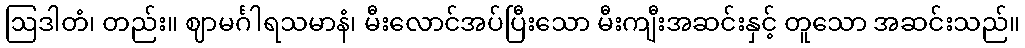
ဩဒါတံ၊ တည်း။ ဈာမင်္ဂါရသမာနံ၊ မီးလောင်အပ်ပြီးသော မီးကျီးအဆင်းနှင့် တူသော အဆင်းသည်။